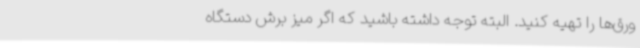
ورق‌ها را تهیه کنید. البته توجه داشته باشید که اگر میز برش دستگاه